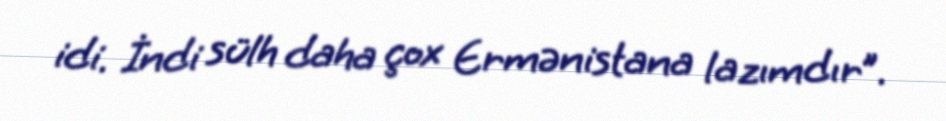
idi. İndi sülh daha çox Ermənistana lazımdır”.